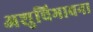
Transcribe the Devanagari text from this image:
अशुचिभावना